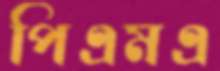
পিএমএ